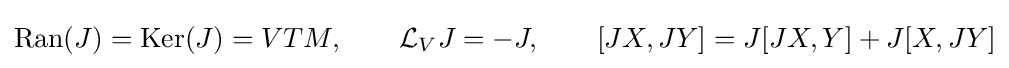
\operatorname {Ran} (J)=\operatorname {Ker} (J)=VTM,\qquad {\mathcal {L}}_{V}J=-J,\qquad [JX,JY]=J[JX,Y]+J[X,JY]